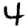
Digit: 4